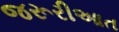
જરૂરીઆત